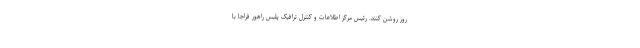
روز روشن کنند. رئیس مرکز اطلاعات و کنترل ترافیک پلیس راهور فراجا با